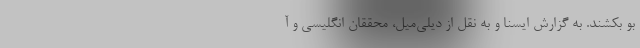
بو بکشند. به گزارش ایسنا و به نقل از دیلی‌میل، محققان انگلیسی و آ